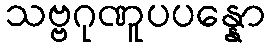
သဗ္ဗဂုဏူပပန္နော